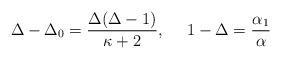
LaTeX: \begin{align*}\Delta - \Delta_0 = \frac{\Delta(\Delta-1)}{\kappa + 2},~~~~ 1-\Delta = {\alpha_1\over\alpha}\end{align*}